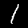
Digit: 1